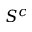
S ^ { c }